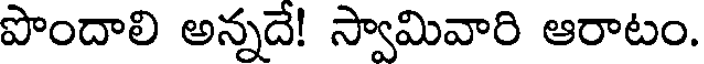
పొందాలి అన్నదే! స్వామివారి ఆరాటం.